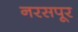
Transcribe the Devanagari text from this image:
नरसपूर